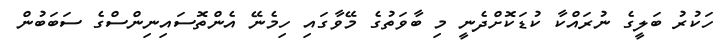
ހަކުރު ބަލީގެ ނުރައްކާ ކުޑަކޮށްދެނީ މި ބާވަތުގެ މޭވާގައި ހިމެނޭ އެންތޮސައިނިންސްގެ ސަބަބުން